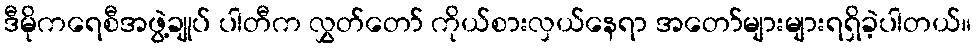
ဒီမိုကရေစီအဖွဲ့ချုပ် ပါတီက လွှတ်တော် ကိုယ်စားလှယ်နေရာ အတော်များများရရှိခဲ့ပါတယ်။